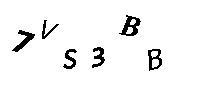
7VS3BB